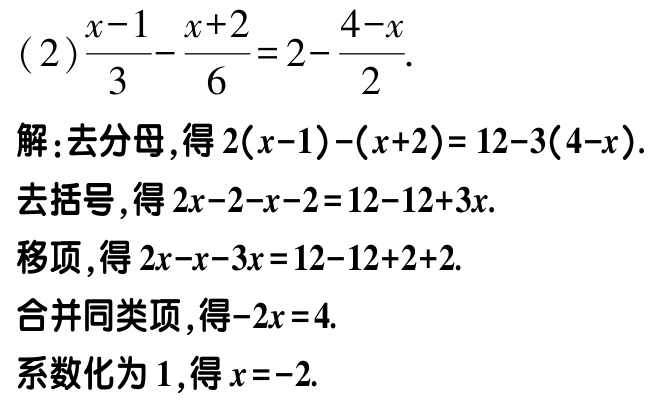
(2) \(\frac{x - 1}{3}-\frac{x + 2}{6}=2-\frac{4 - x}{2}\).

解：去分母，得\(2(x - 1)-(x + 2)=12 - 3(4 - x)\).

去括号，得\(2x - 2 - x - 2=12 - 12 + 3x\).

移项，得\(2x - x - 3x=12 - 12 + 2 + 2\).

合并同类项，得\(-2x = 4\).

系数化为1，得\(x = -2\).